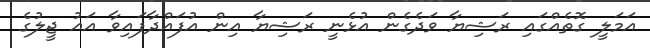
އަމަލީ ގޮތެއްގައި ރަޝިޔާ ވަދެގެން އުޅެނީ ރަޝިޔާ އިން އުފައްދާފައިވާ އައު ޖީލުގެ